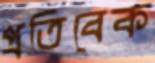
প্রতিবেক